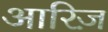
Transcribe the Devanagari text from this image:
आरिज़